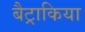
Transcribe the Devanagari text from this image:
बैट्राकिया